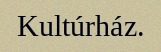
Kultúrház.